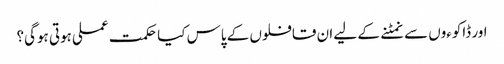
اور ڈاکوءوں سے نمٹنے کے لیے ان قافلوں کے پاس کیا حکمت عملی ہوتی ہوگی؟